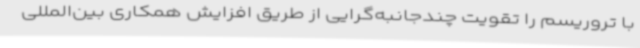
با تروریسم را تقویت چندجانبه‌گرایی از طریق افزایش همکاری بین‌المللی